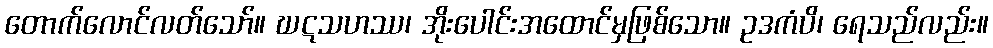
တောက်လောင်လတ်သော်။ ဃဋသဟဿ၊ အိုးပေါင်းအထောင်မှဖြစ်သော။ ဥဒကံပိ၊ ရေသည်လည်း။